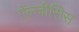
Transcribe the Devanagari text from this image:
ऐल्जीसिस